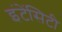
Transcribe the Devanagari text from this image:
इंटेंसिटी